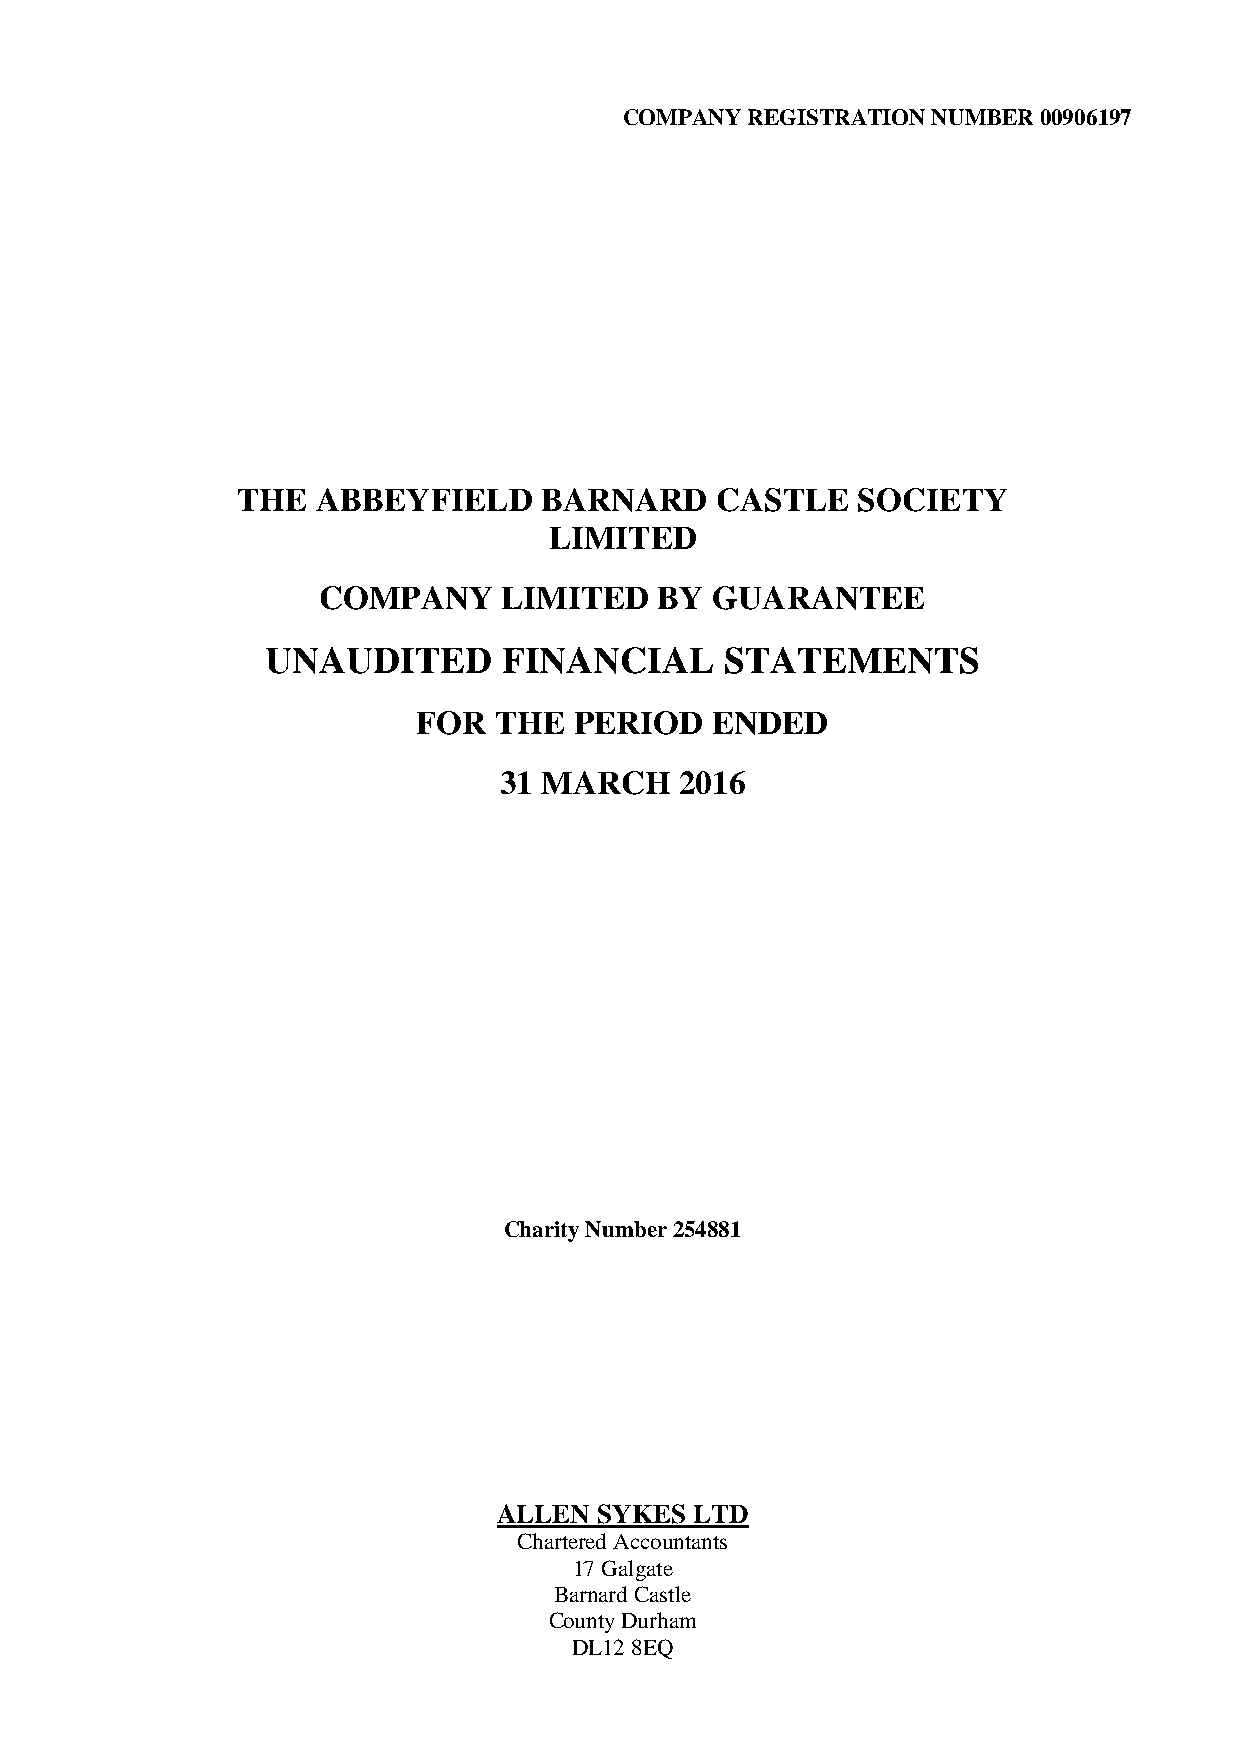
COMPANY  REGISTRATION NUMBER 00906197
 THE  ABBEYFIELD     BARNARD    CASTLE    SOCIETY
 LIMITED
 COMPANY     LIMITED    BY GUARANTEE
 UNAUDITED      FINANCIAL      STATEMENTS
 FOR  THE  PERIOD   ENDED
 31 MARCH    2016
 Charity Number 254881
 ALLEN SYKES  LTD
 Chartered Accountants
 17 Galgate
 Barnard Castle
 County Durham
 DL12 8EQ